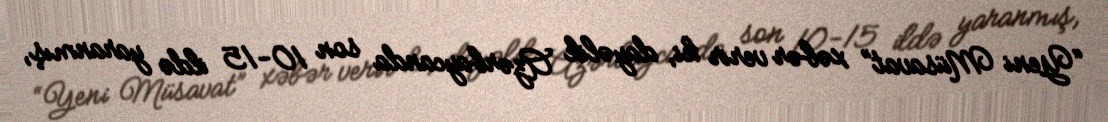
“Yeni Müsavat” xəbər verir ki, dayəlik Azərbaycanda son 10-15 ildə yaranmış,